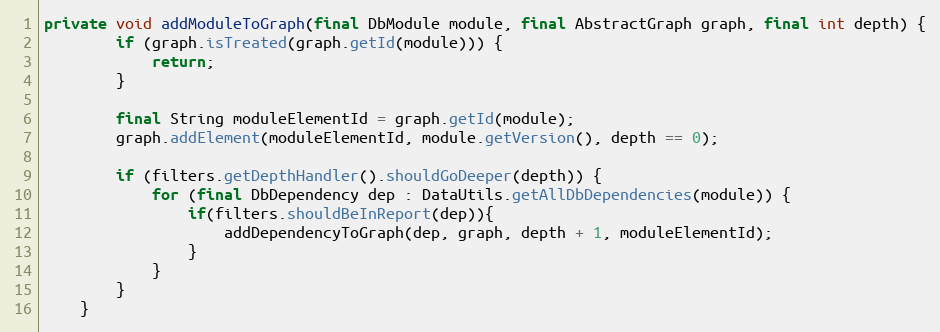
Language: Java
private void addModuleToGraph(final DbModule module, final AbstractGraph graph, final int depth) {
        if (graph.isTreated(graph.getId(module))) {
            return;
        }

        final String moduleElementId = graph.getId(module);
        graph.addElement(moduleElementId, module.getVersion(), depth == 0);

        if (filters.getDepthHandler().shouldGoDeeper(depth)) {
            for (final DbDependency dep : DataUtils.getAllDbDependencies(module)) {
                if(filters.shouldBeInReport(dep)){
                    addDependencyToGraph(dep, graph, depth + 1, moduleElementId);
                }
            }
        }
    }